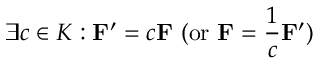
\exists c \in K : \mathbf { F } ^ { \prime } = c \mathbf { F } { \mathrm { ~ ( o r ~ } } \mathbf { F } = { \frac { 1 } { c } } \mathbf { F } ^ { \prime } { \mathrm { ) } }